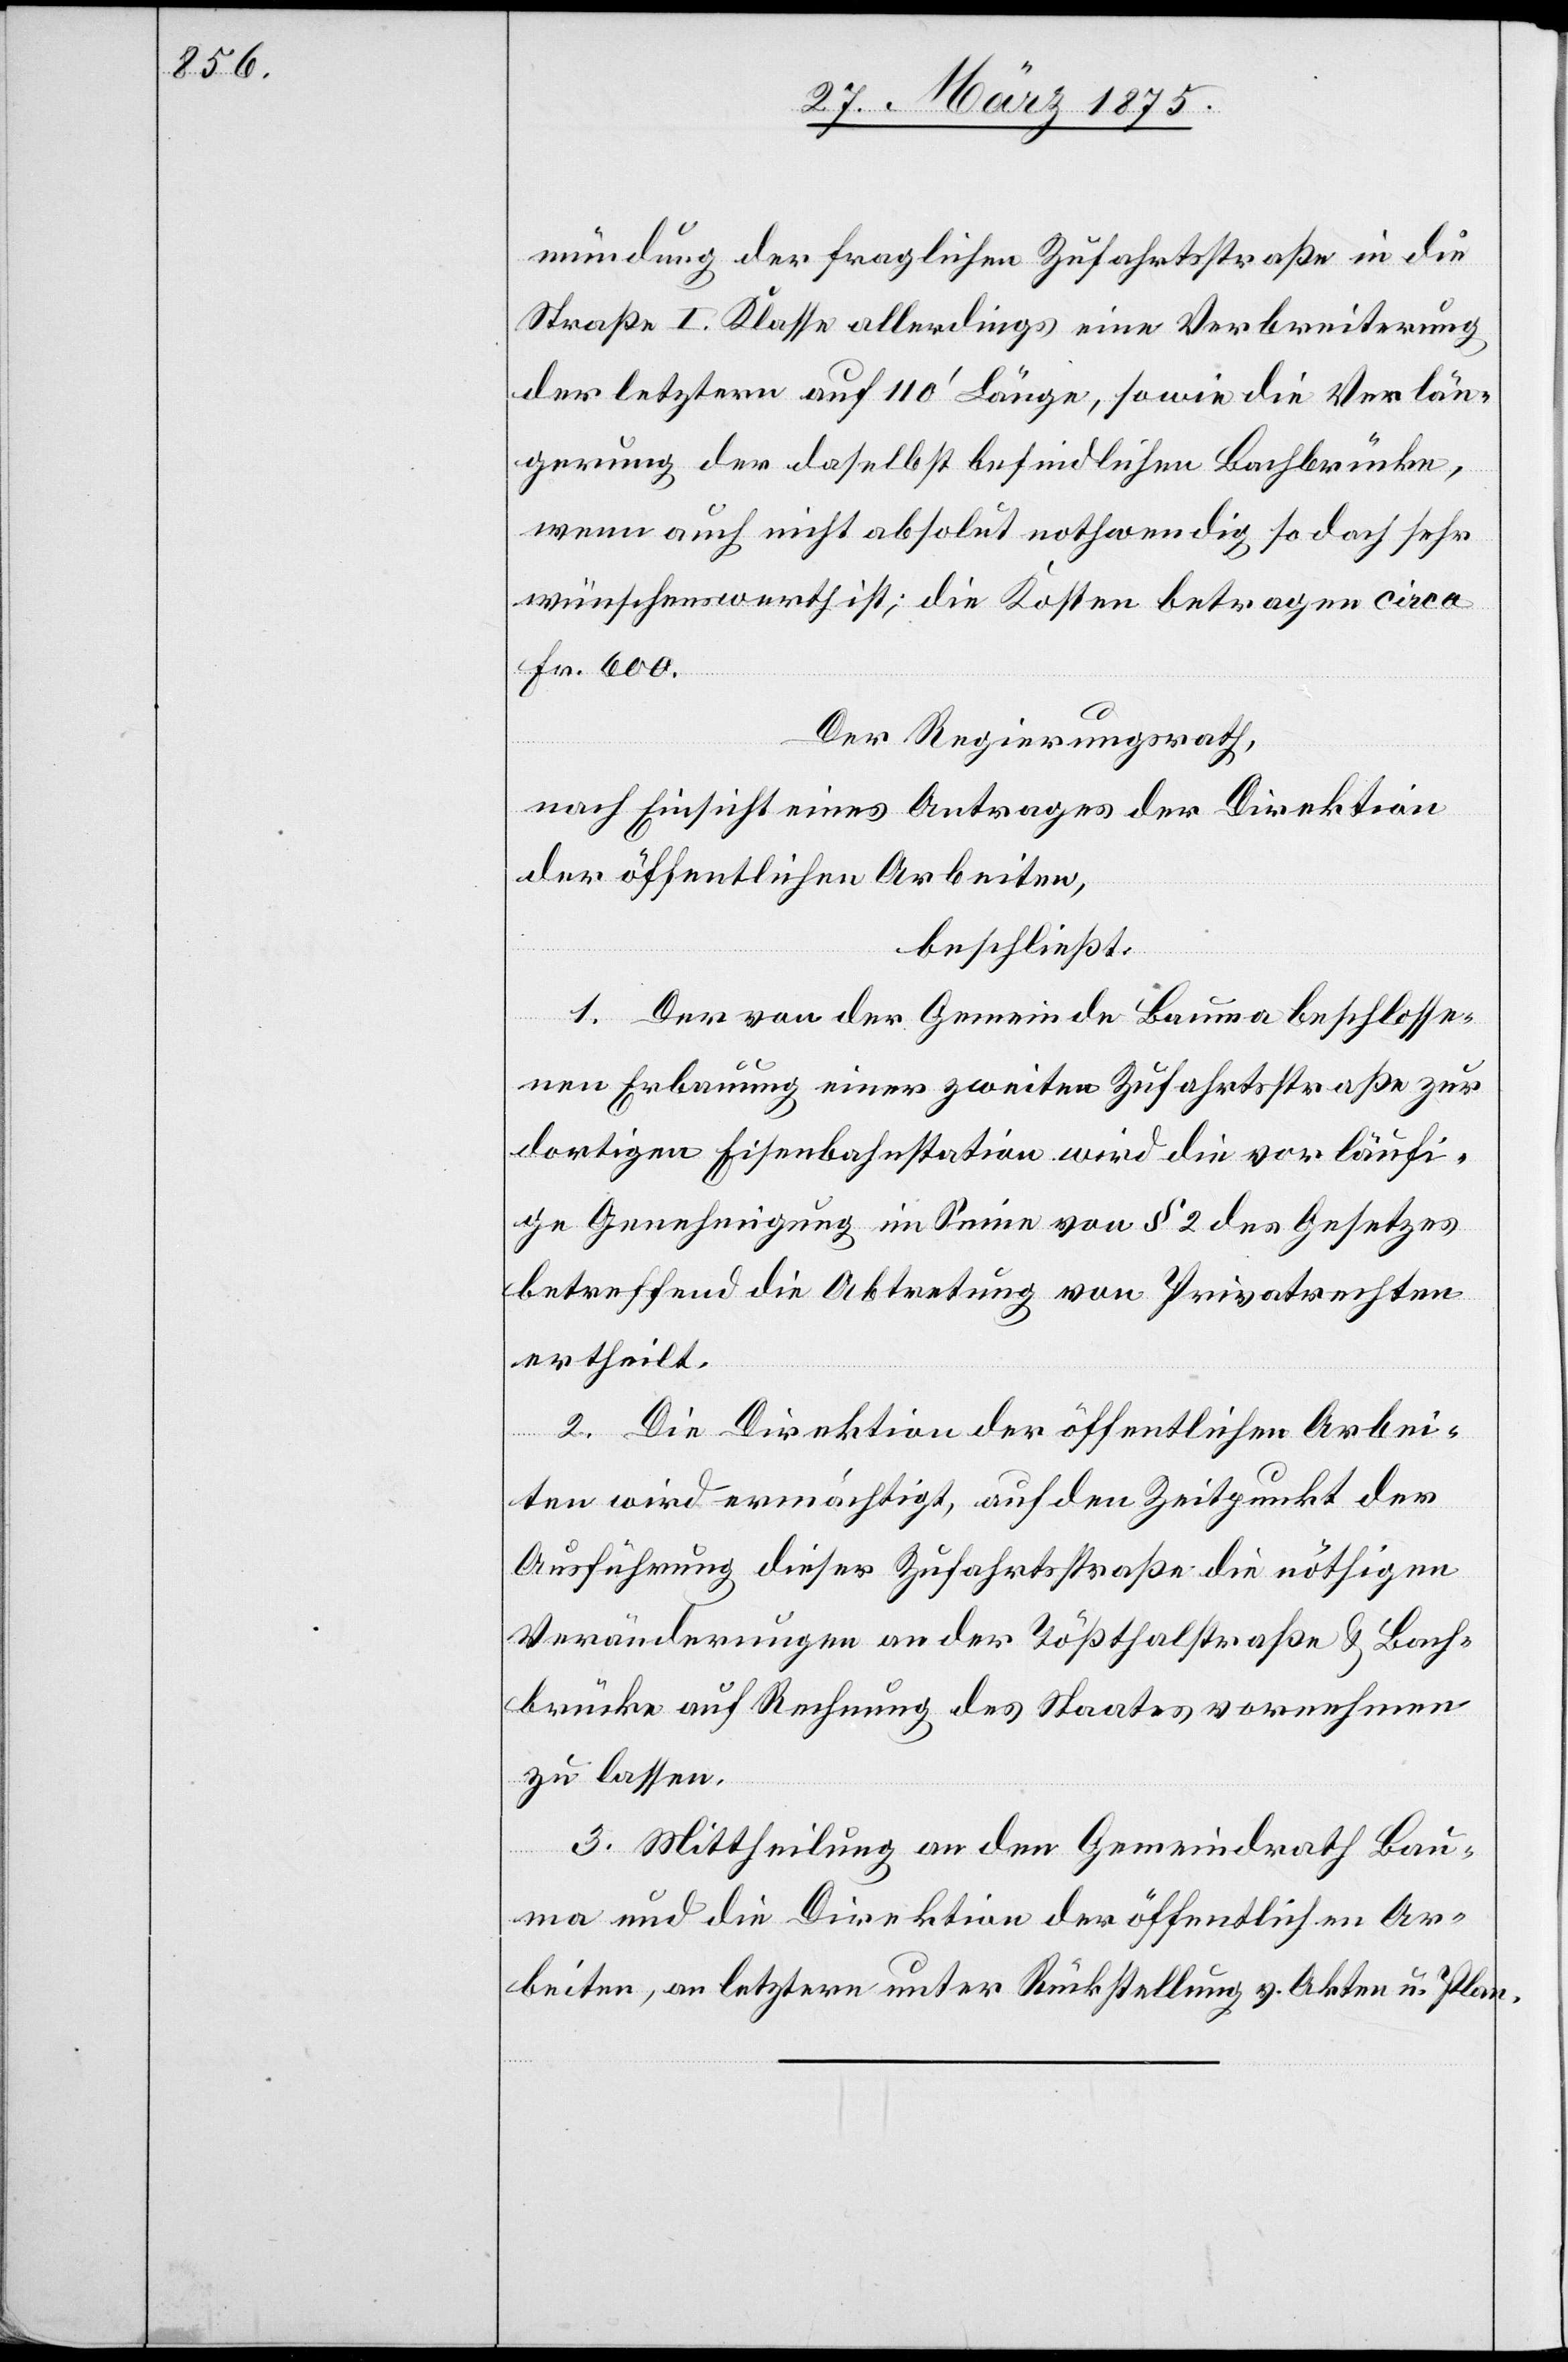
mündung der fraglichen Zufahrtstraße in die
Straße I. Klasse allerdings eine Verbreiterung
der letzteren auf 110‘ Länge, sowie die Verlän¬
gerung der daselbst befindlichen Bachbrücke,
wenn auch nicht absolut nothwendig so doch sehr
wünschenswerth ist; die Kosten betragen circa
Fr. 600.
Der Regierungsrath,
nach Einsicht eines Antrages der Direktion
der öffentlichen Arbeiten,
beschließt:
1. Der von der Gemeinde Bauma beschlosse¬
nen Erbauung einer zweiten Zufahrtsstraße zur
dortigen Eisenbahnstation wird die vorläufi¬
ge Genehmigung im Sinne von § 2 des Gesetzes
betreffend die Abtretung von Privatrechten
ertheilt.
2. Die Direktion der öffentlichen Arbei¬
ten wird ermächtigt, auf den Zeitpunkt der
Ausführung dieser Zufahrtstraße die nöthigen
Veränderungen an der Tößthalstraße & Bach¬
brücke auf Rechnung des Staates vornehmen
zu lassen.
3. Mittheilung an den Gemeindrath Bau¬
ma und die Direktion der öffentlichen Ar¬
beiten, an letztere unter Rückstellung v. Akten u. Plan.